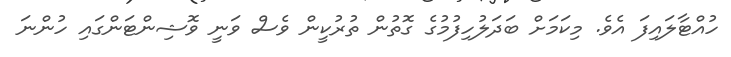
ހުއްޓާލައިފަ އެވެ. މިކަމަށް ބަދަލުހިފުމުގެ ގޮތުން ތުރުކީން ވެސް ވަނީ ވޮޝިންޓަންގައި ހުންނަ